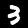
Label: 3